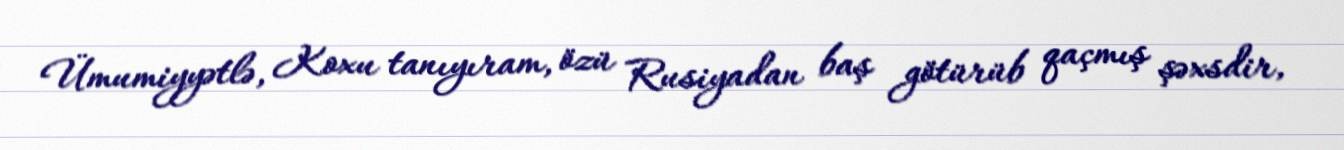
Ümumiyyətlə, Koxu tanıyıram, özü Rusiyadan baş götürüb qaçmış şəxsdir,